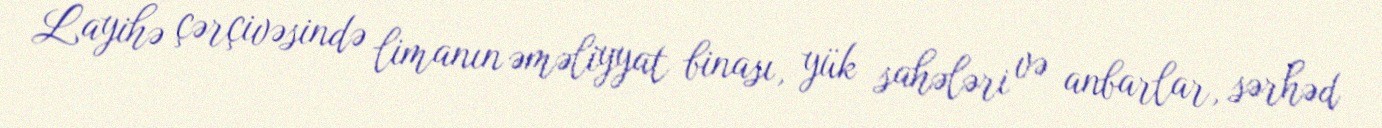
Layihə çərçivəsində limanın əməliyyat binası, yük sahələri və anbarlar, sərhəd